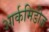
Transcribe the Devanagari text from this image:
आर्कमिडीज़